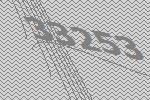
33253